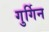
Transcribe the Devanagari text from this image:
गुर्गिन